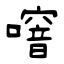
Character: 噾